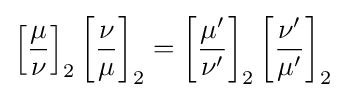
\left[{\frac {\mu }{\nu }}\right]_{2}\left[{\frac {\nu }{\mu }}\right]_{2}=\left[{\frac {\mu '}{\nu '}}\right]_{2}\left[{\frac {\nu '}{\mu '}}\right]_{2}